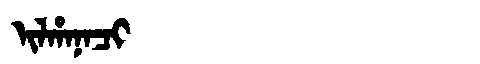
Manchu: ᡳᠯᡥᠠᠨᠠᠴᡳ
Romanization: ILHANACI